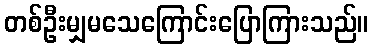
တစ်ဦးမျှမသေကြောင်းပြောကြားသည်။